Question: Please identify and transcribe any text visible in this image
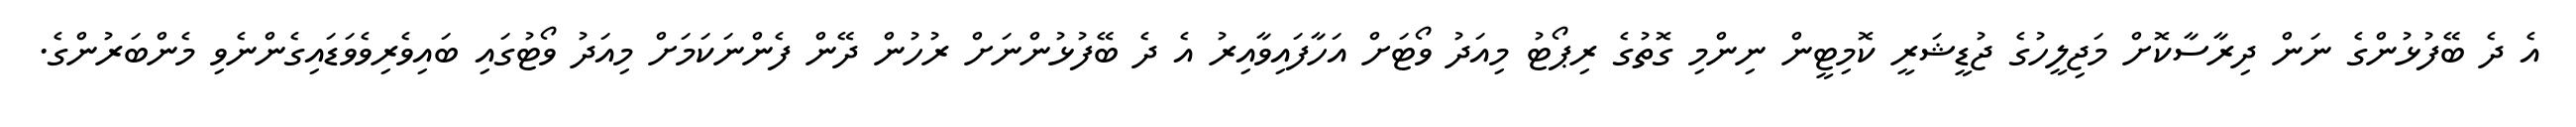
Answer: އެ ދެ ބޭފުޅުންގެ ނަން ދިރާސާކޮށް މަޖިލީހުގެ ޖުޑީޝަރީ ކޮމިޓީން ނިންމި ގޮތުގެ ރިޕޯޓު މިއަދު ވޯޓަށް އަހާފައިވާއިރު އެ ދެ ބޭފުޅުންނަށް ރުހުން ދޭން ފެންނަކަމަށް މިއަދު ވޯޓުގައި ބައިވެރިވެވަޑައިގެންނެވި މެންބަރުންގެ.